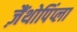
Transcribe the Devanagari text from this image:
ज़ैंथोपिंप्ला